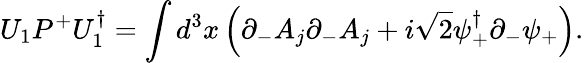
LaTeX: U_{1}P^{+}U_{1}^{\dagger}=\int d^{3}x\left(\partial_{-}A_{j}\partial_{-}A_{j}+i\sqrt{2}\psi_{+}^{\dagger}\partial_{-}\psi_{+}\right).